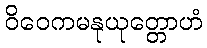
ဝိဝေကမနုယုတ္တောဟံ